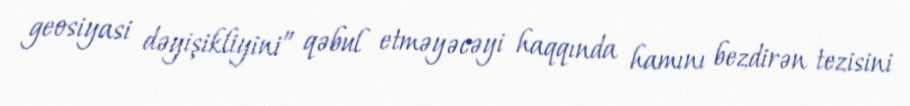
geosiyasi dəyişikliyini” qəbul etməyəcəyi haqqında hamını bezdirən tezisini